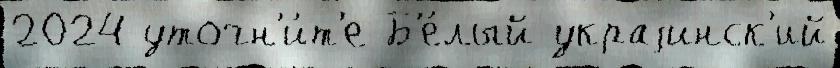
2024 уточн'и́т'е Б'е́лый украjинск'ий